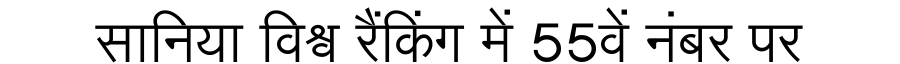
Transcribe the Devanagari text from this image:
सानिया विश्व रैंकिंग में 55वें नंबर पर